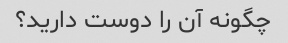
چگونه آن را دوست دارید؟